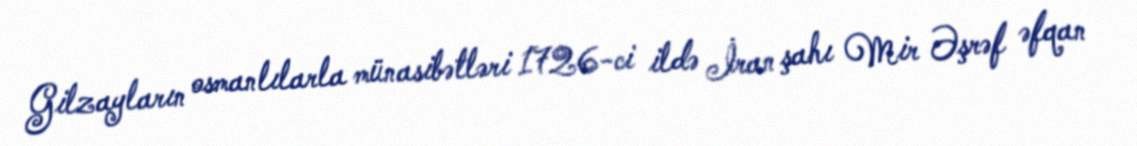
Gilzayların osmanlılarla münasibətləri 1726-ci ildə İran şahı Mir Əşrəf əfqan